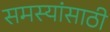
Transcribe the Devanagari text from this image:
समस्यांसाठी